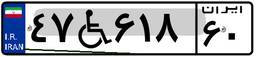
۴۷W۶۱۸۶۰